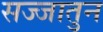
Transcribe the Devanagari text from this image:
सज्जातुन